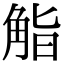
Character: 𮗬